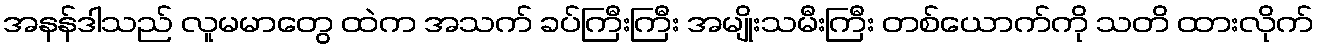
အနန်ဒါသည် လူမမာတွေ ထဲက အသက် ခပ်ကြီးကြီး အမျိုးသမီးကြီး တစ်ယောက်ကို သတိ ထားလိုက်